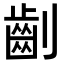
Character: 𠠚